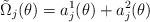
LaTeX: \begin{align*}\tilde{\Omega}_j(\theta)&=a_j^1(\theta)+a_j^2(\theta)\end{align*}